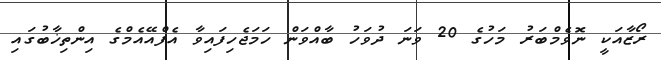
ރޯޒާއަކީ ނޮވެމްބަރު މަހުގެ 20 ވަނަ ދުވަހު ބާއްވަން ހަމަޖެހިފައިވާ އެފްއޭއެމްގެ އިންތިޚާބުގައި